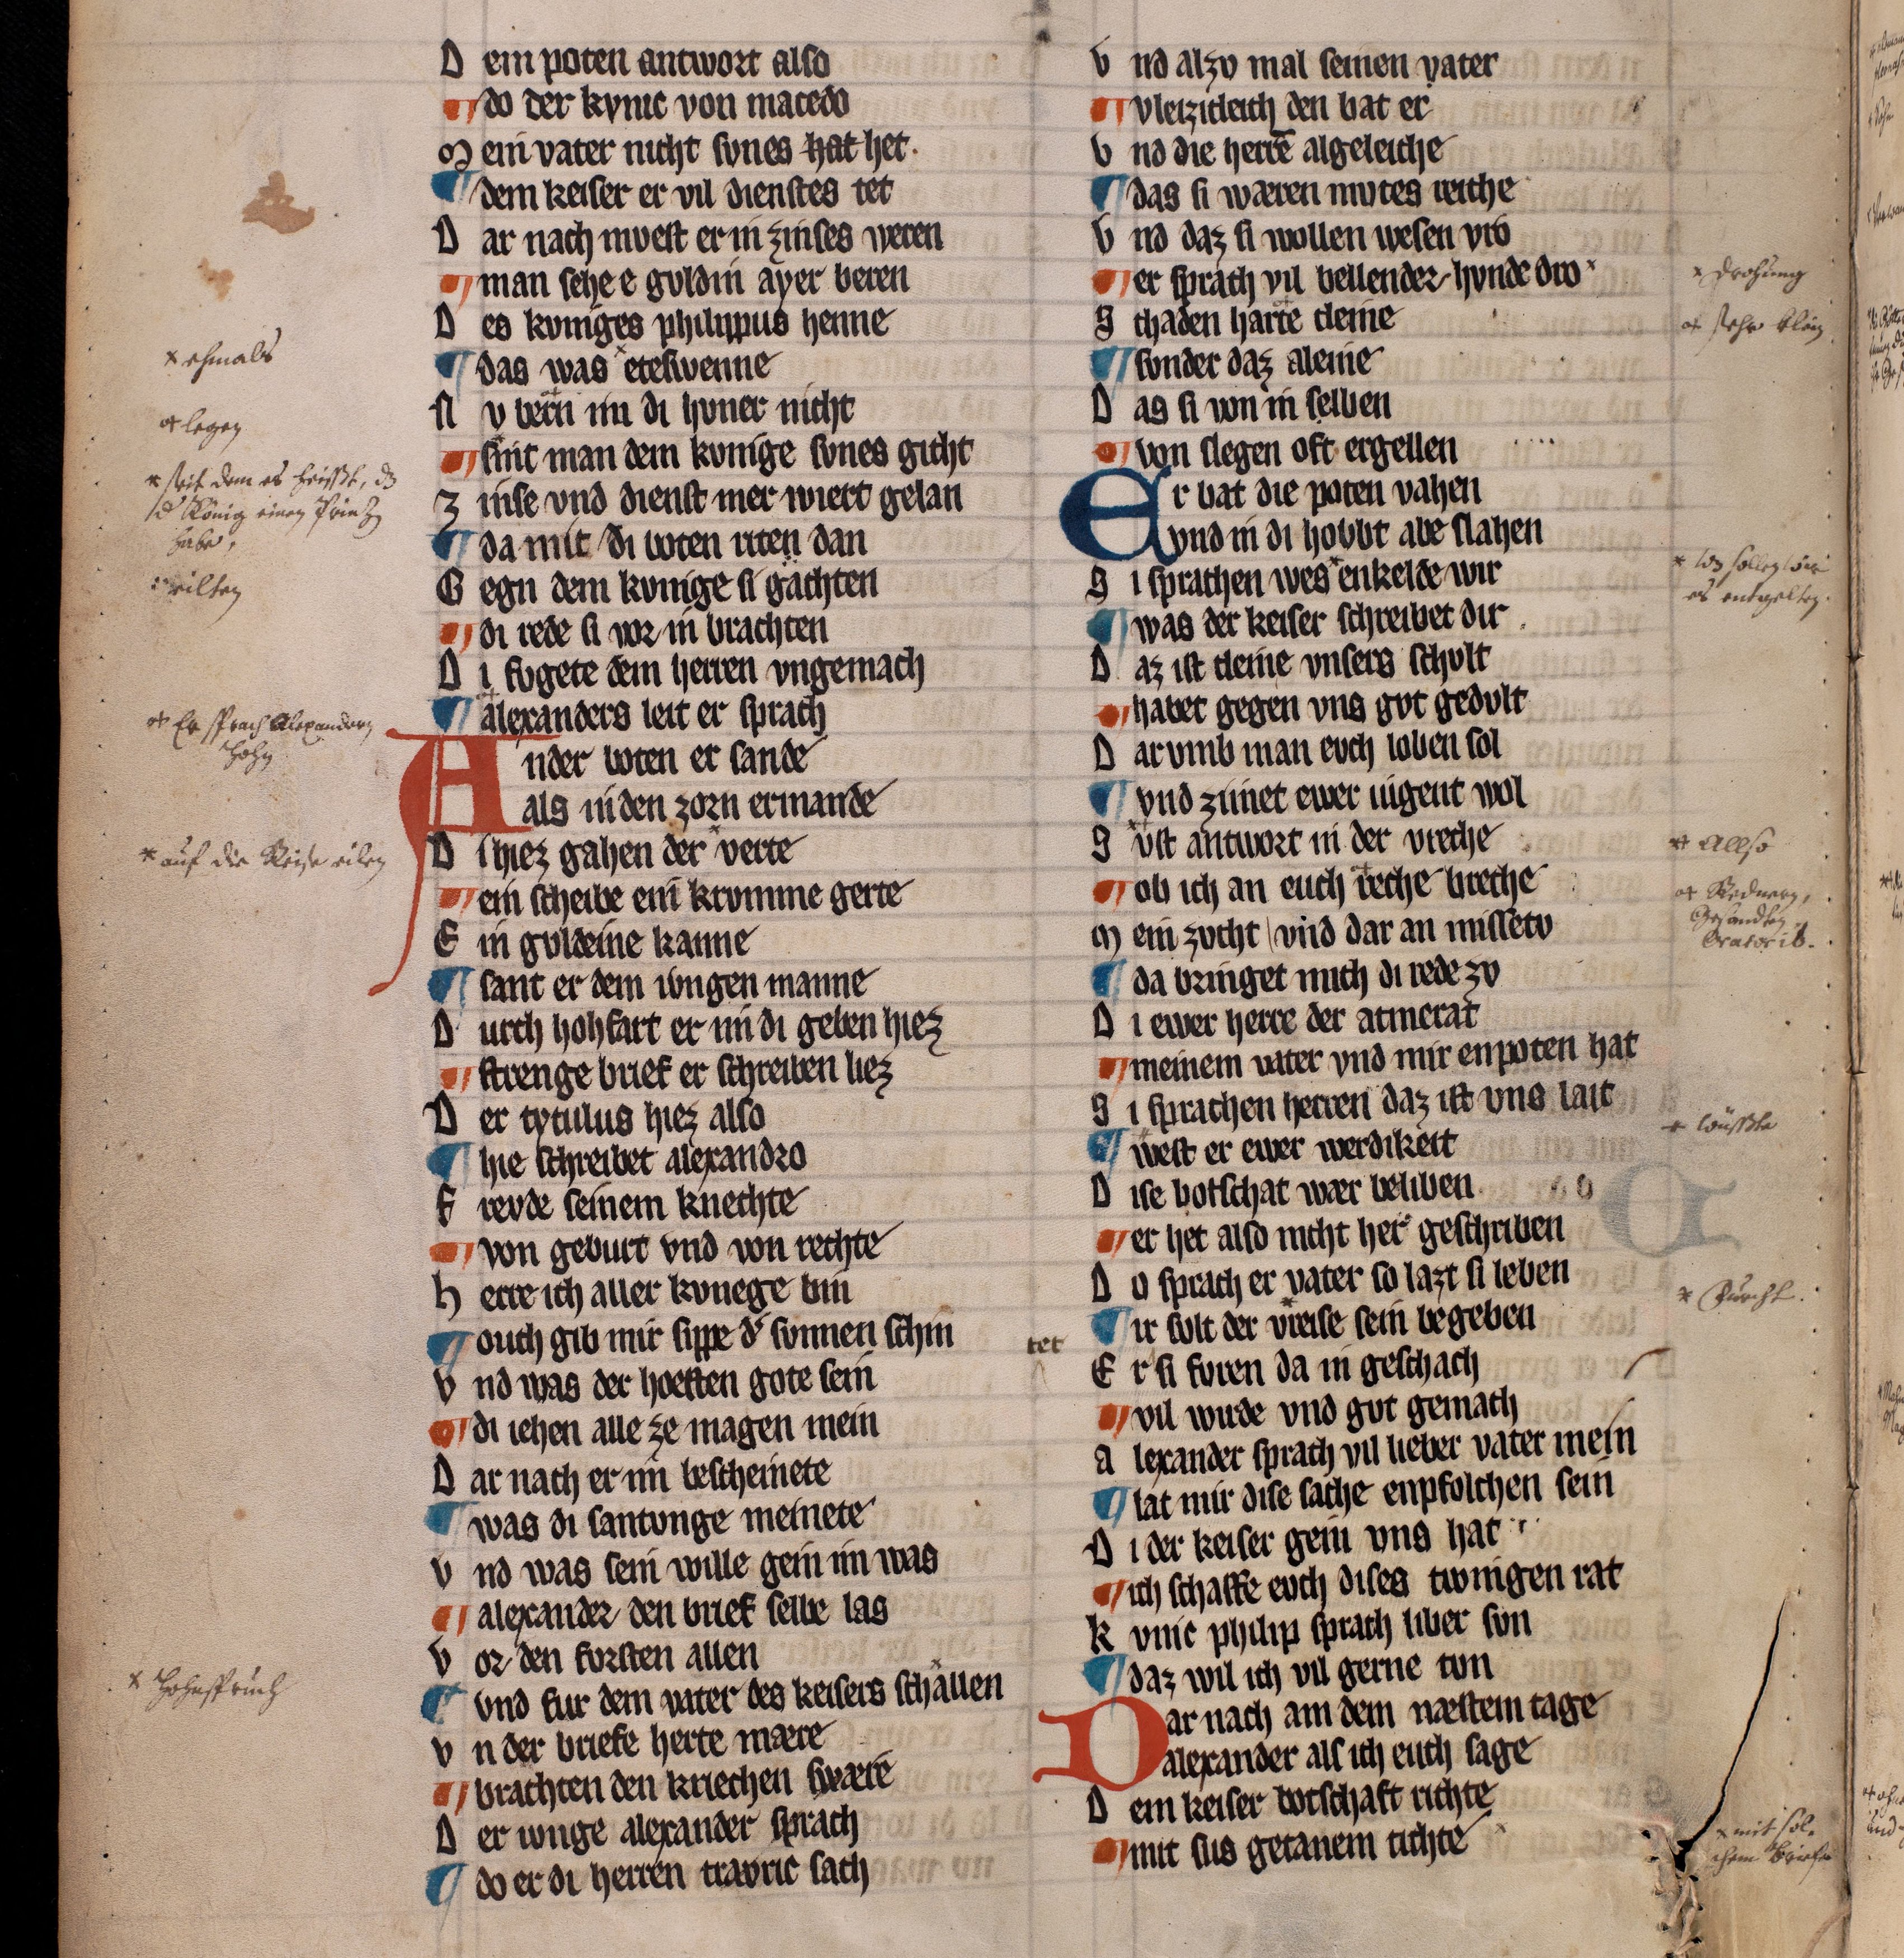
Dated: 1322–1322